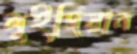
লুইজিয়ান